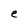
Character: e